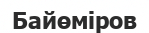
Байөміров